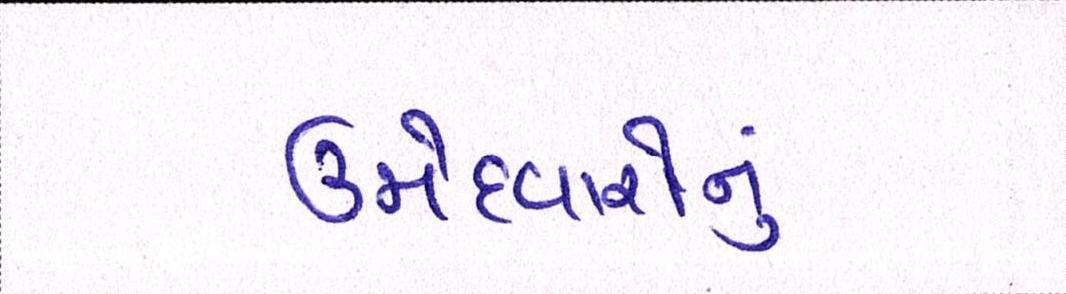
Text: ઉમેદવારોનું